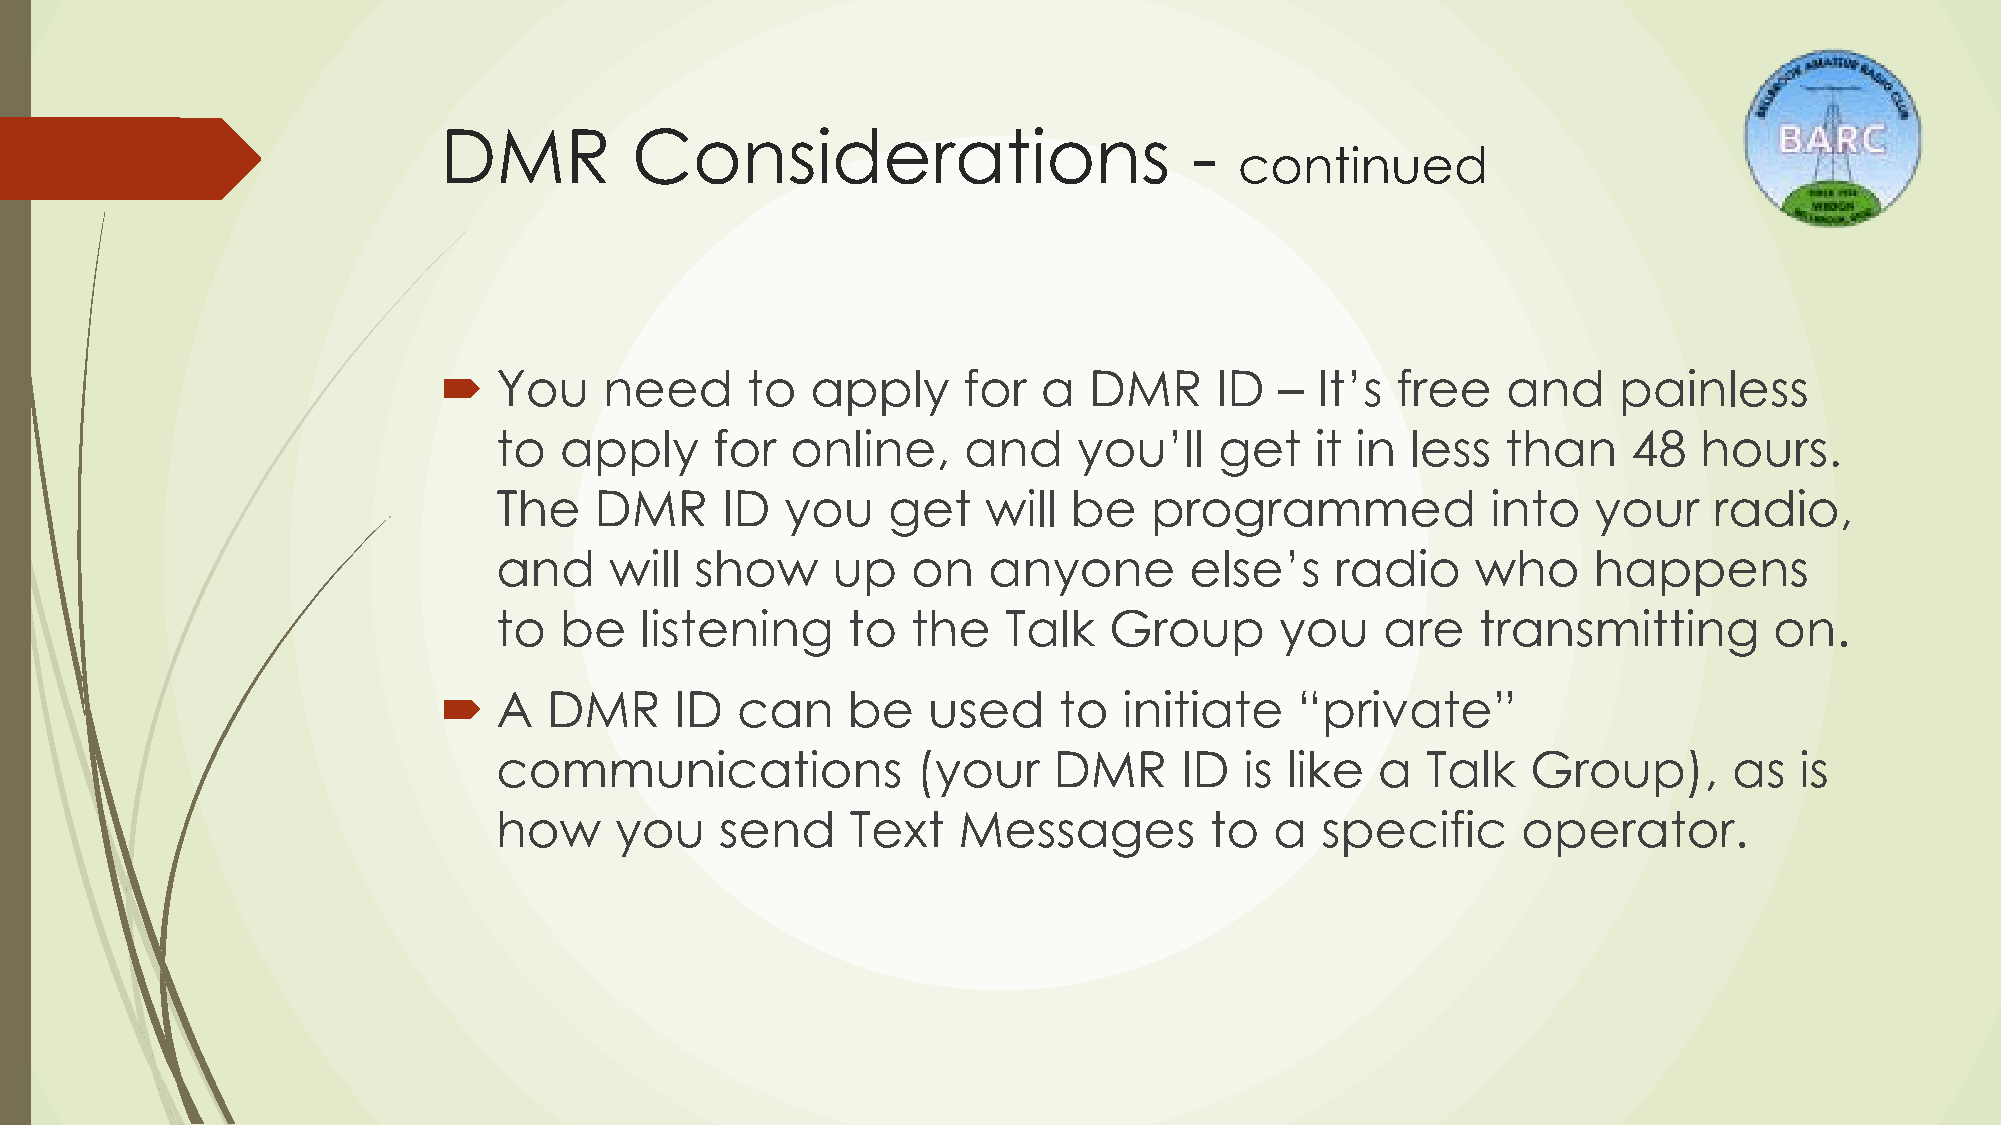
DMR          Considerations                       -
 continued
    You    need     to   apply     for  a  DMR     ID   – It’s free    and    painless
 to  apply     for  online,     and    you’ll    get   it in less   than    48  hours.
 The   DMR      ID  you    get   will  be   programmed             into   your   radio,
 and    will  show     up   on   anyone        else’s   radio     who    happens
 to  be   listening     to  the   Talk   Group       you    are   transmitting       on.
    A  DMR      ID  can    be   used     to  initiate    “private”
 communications              (your    DMR     ID  is like  a  Talk   Group),       as  is
 how     you    send    Text   Messages         to  a  specific      operator.